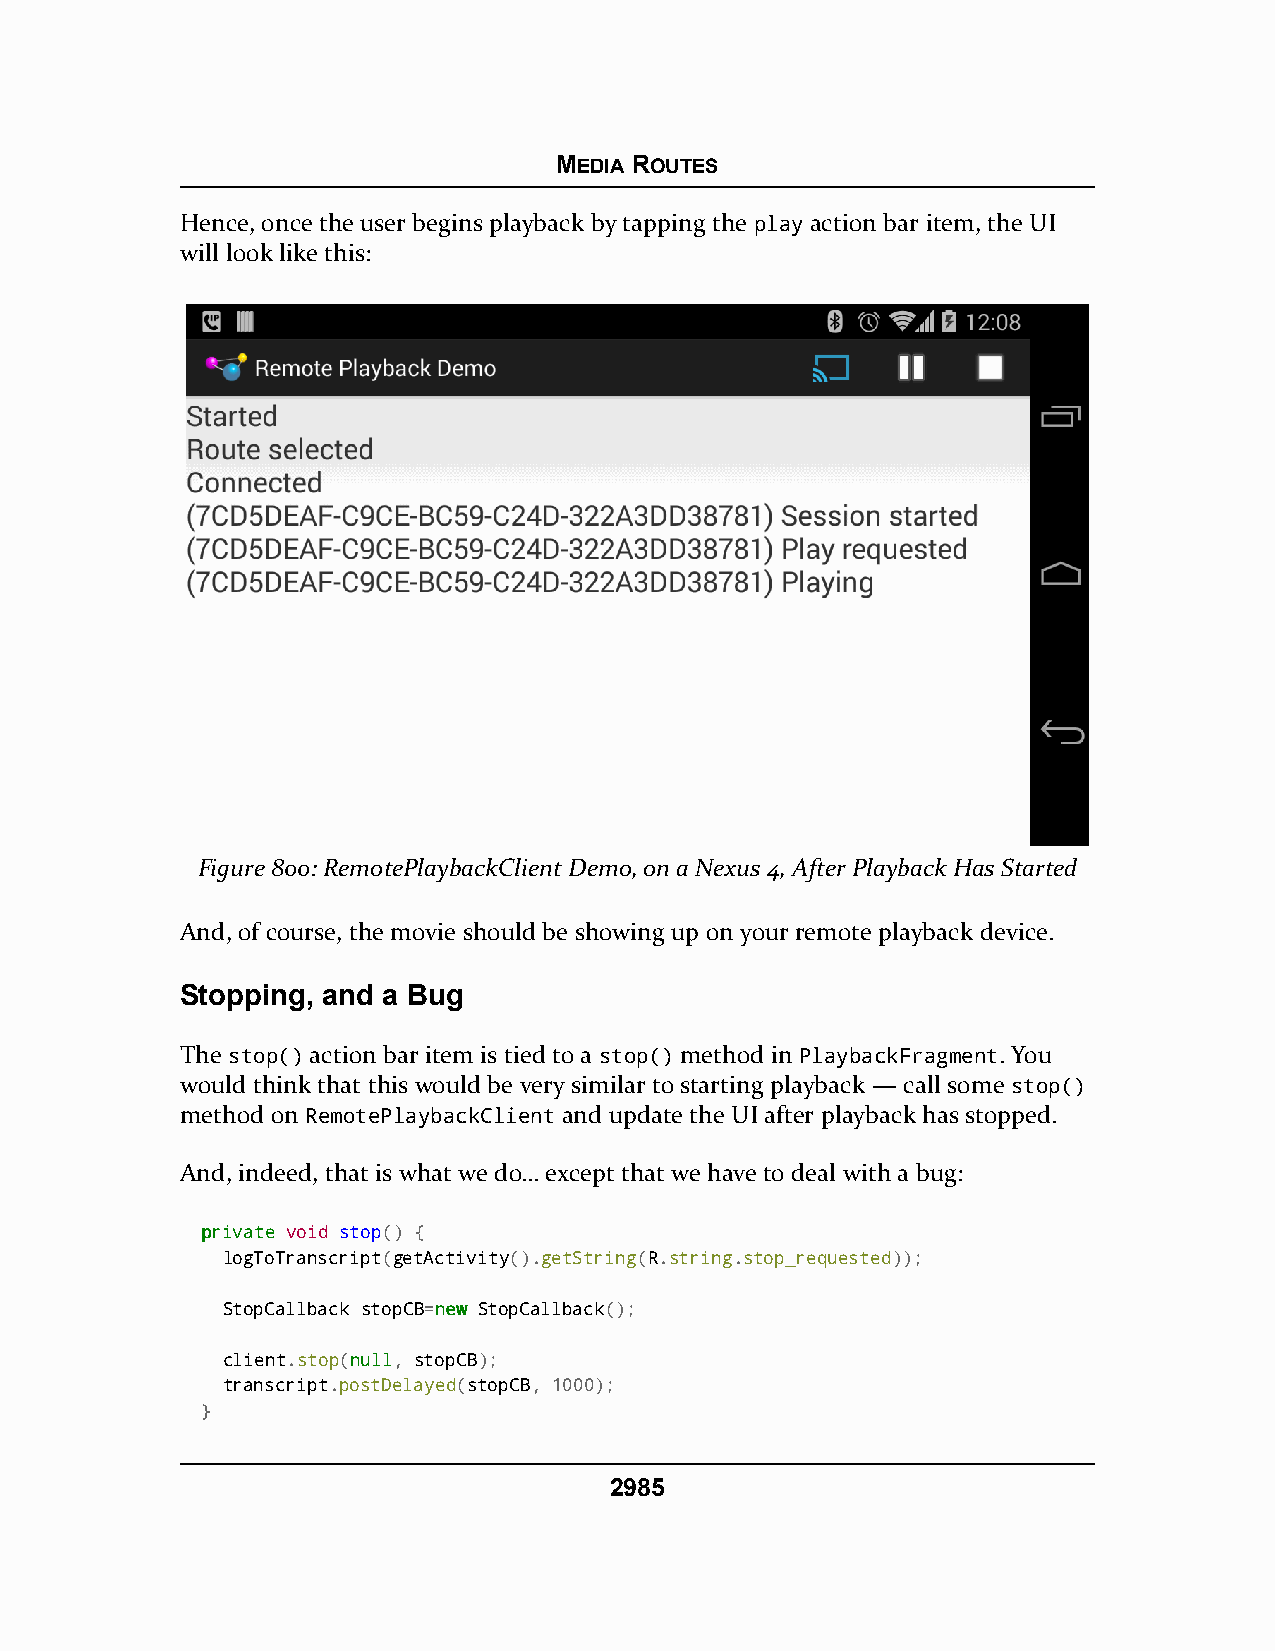
MEDIA ROUTES
 Hence, once the user begins playback by tapping the play action bar item, the UI
 will look like this:
 Figure 800: RemotePlaybackClient Demo, on a Nexus 4, After Playback Has Started
 And, of course, the movie should be showing up on your remote playback device.
 Stopping, and a Bug
 The stop() action bar item is tied to a stop() method in PlaybackFragment. You
 would think that this would be very similar to starting playback — call some stop()
 method on RemotePlaybackClient and update the UI after playback has stopped.
 And, indeed, that is what we do… except that we have to deal with a bug:
 pprriivvaattee void stop() {
 logToTranscript(getActivity().getString(R.string.stop_requested));
 StopCallback stopCB=nneeww StopCallback();
 client.stop(nnuullll, stopCB);
 transcript.postDelayed(stopCB, 1000);
 }
 2985